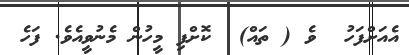
އެއަށްފަހު  ވެ ( ތައް)  ކޮށްފި މީހުން މެނުވީއެވެ. ފަހެ